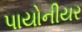
પાયોનીયર